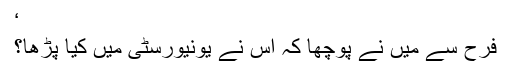
‘
فرح سے میں نے پوچھا کہ اس نے یونیورسٹی میں کیا پڑھا؟